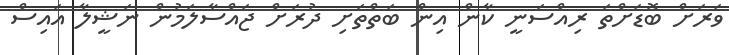
ވަރަށް ބޮޑަށްތަ ރިއްސަނީ ކާން އިން ބަތްތަށި ދުރަށް ޖައްސާލަމުން ނަޝީލާ އައިސް